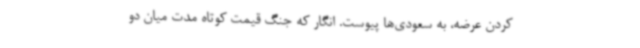
کردن عرضه، به سعودی‌ها پیوست. انگار که جنگ قیمت کوتاه مدت میان دو